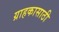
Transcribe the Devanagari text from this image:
ग्राहकासाठी